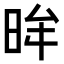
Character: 𭥿